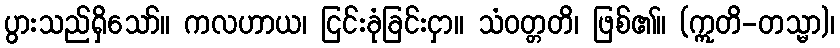
ပွားသည်ရှိသော်။ ကလဟာယ၊ ငြင်းခုံခြင်းငှာ။ သံဝတ္တတိ၊ ဖြစ်၏။ (ဣတိ-တသ္မာ)၊